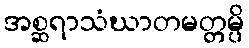
အစ္ဆရာသံဃာတမတ္တမ္ပိ